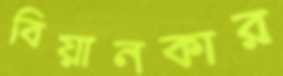
বিয়ানকার